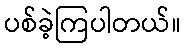
ပစ်ခဲ့ကြပါတယ်။